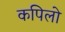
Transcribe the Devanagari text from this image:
कपिलो